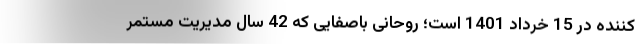
کننده در 15 خرداد 1401 است؛ روحانی باصفایی که 42 سال مدیریت مستمر